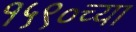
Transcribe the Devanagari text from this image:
१५९०च्या